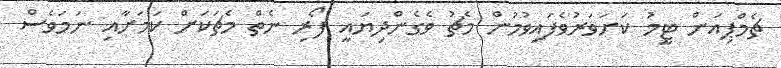
ޗެމްޕިއަން ޓީމު ކަށަވަރުވެފައިވުމުން މެޗު ވެގެންދިޔައީ ފޯރި ނެތް މެޗަކަށް ކަމަށާއި ނަމަވެސް